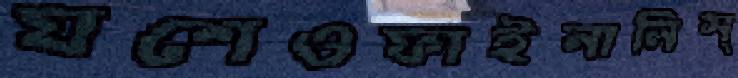
যশেওফাইনালিস্